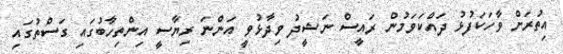
އިތުރަށް ވާހަކަފުޅު ދައްކަވަމުން ރައީސް ނަޝީދު ވިދާޅުވީ އަންނަ ރިޔާސީ އިންތިހާބުގައި ގަސްތުގައި